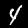
Label: 4